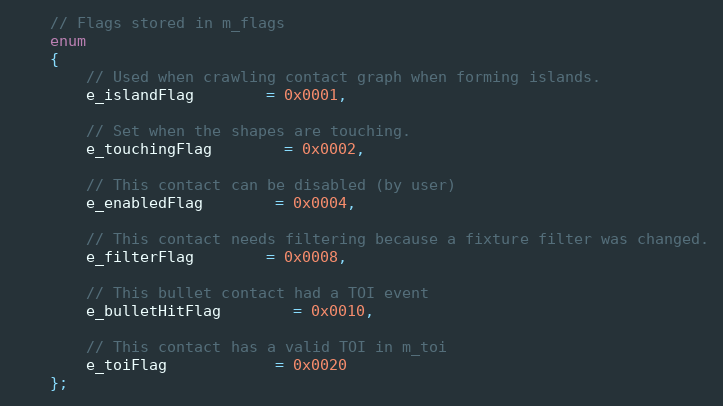
Language: C
	// Flags stored in m_flags
	enum
	{
		// Used when crawling contact graph when forming islands.
		e_islandFlag		= 0x0001,

        // Set when the shapes are touching.
		e_touchingFlag		= 0x0002,

		// This contact can be disabled (by user)
		e_enabledFlag		= 0x0004,

		// This contact needs filtering because a fixture filter was changed.
		e_filterFlag		= 0x0008,

		// This bullet contact had a TOI event
		e_bulletHitFlag		= 0x0010,

		// This contact has a valid TOI in m_toi
		e_toiFlag			= 0x0020
	};